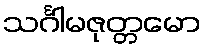
သင်္ဂါမဇုတ္တမော